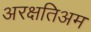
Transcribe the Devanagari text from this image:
अरक्षतिअम